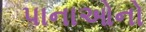
પાનાઓનો